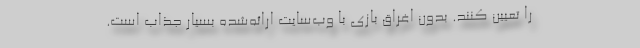
را تعیین کنند. بدون اغراق بازی با وب‌سایت ارائه‌شده بسیار جذاب است.